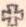
+